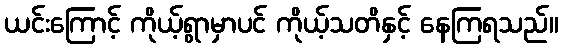
ယင်းကြောင့် ကိုယ့်ရွာမှာပင် ကိုယ့်သတိနှင့် နေကြရသည်။